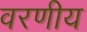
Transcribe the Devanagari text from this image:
वरणीय